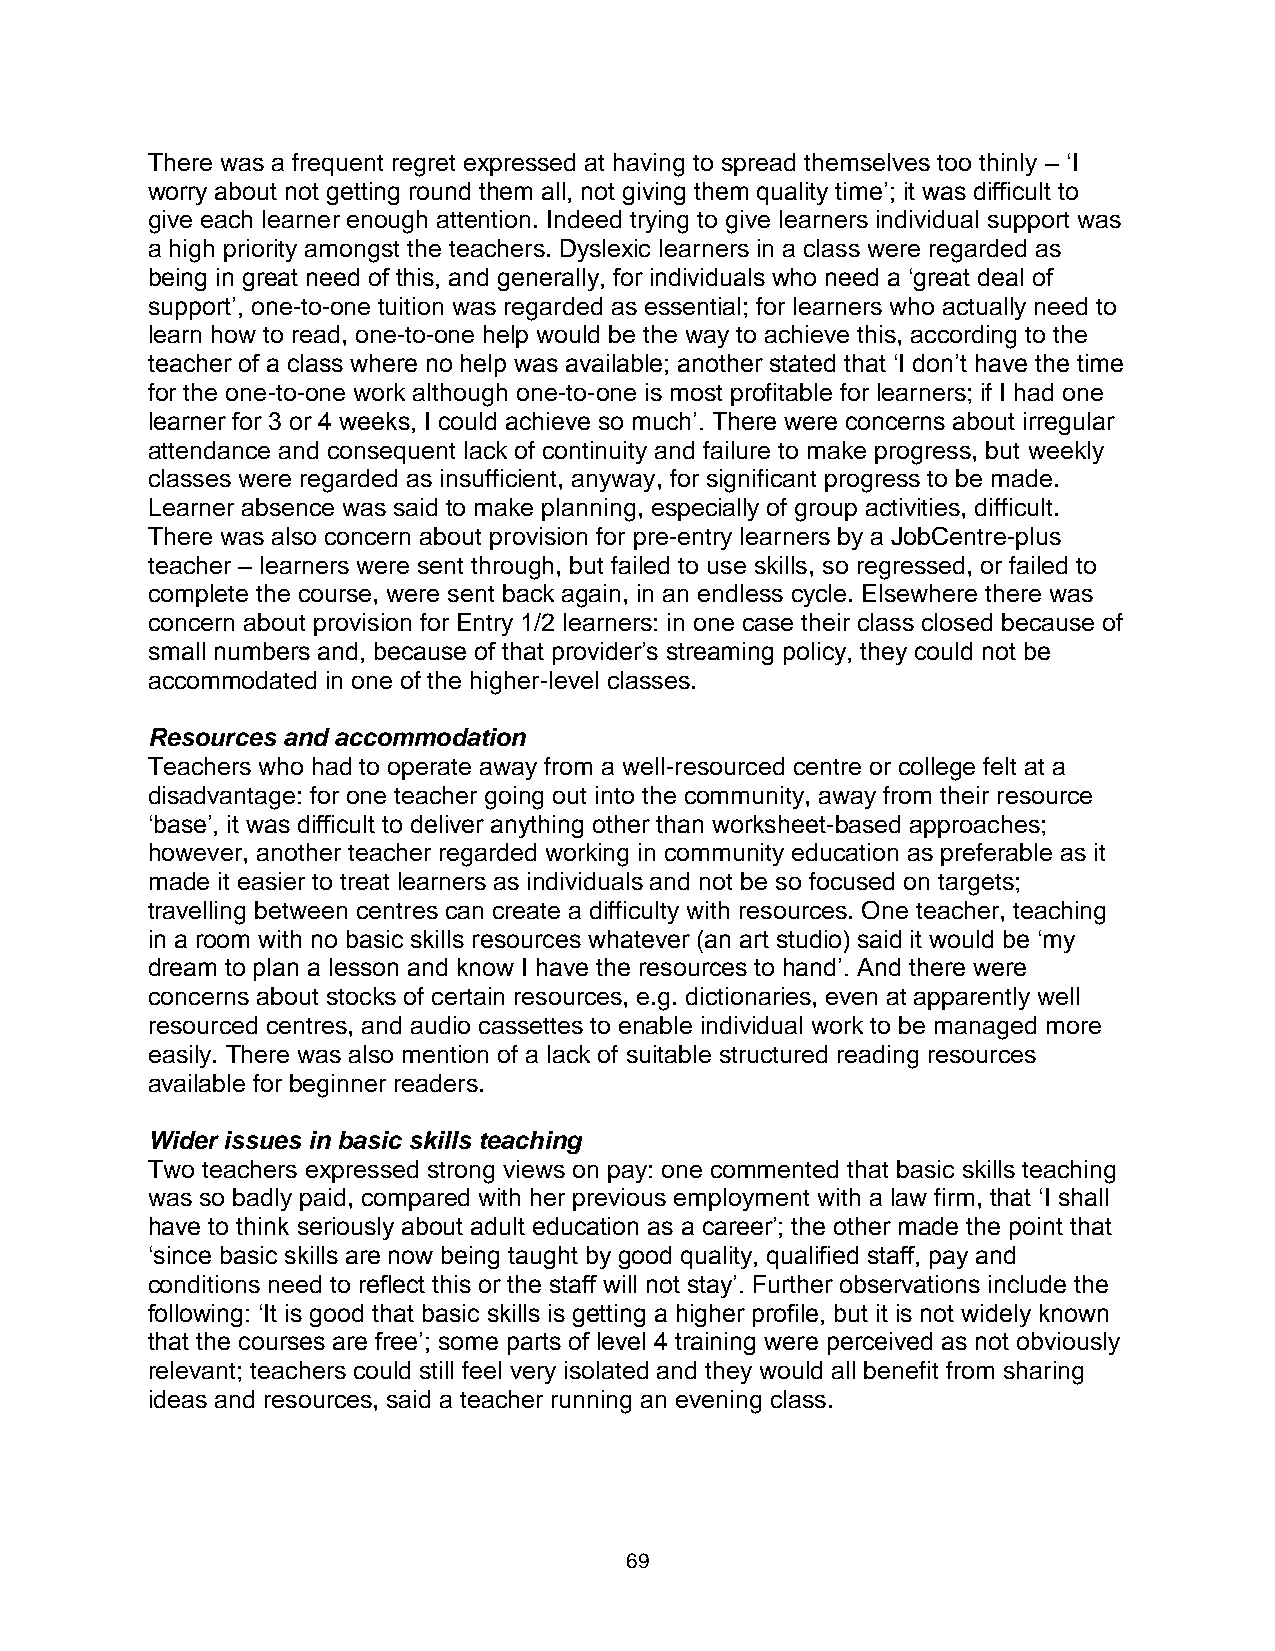
There was a frequent regret expressed at having to spread themselves too thinly – ‘I
 worry about not getting round them all, not giving them quality time’; it was difficult to
 give each learner enough attention. Indeed trying to give learners individual support was
 a high priority amongst the teachers. Dyslexic learners in a class were regarded as
 being in great need of this, and generally, for individuals who need a ‘great deal of
 support’, one-to-one tuition was regarded as essential; for learners who actually need to
 learn how to read, one-to-one help would be the way to achieve this, according to the
 teacher of a class where no help was available; another stated that ‘I don’t have the time
 for the one-to-one work although one-to-one is most profitable for learners; if I had one
 learner for 3 or 4 weeks, I could achieve so much’. There were concerns about irregular
 attendance and consequent lack of continuity and failure to make progress, but weekly
 classes were regarded as insufficient, anyway, for significant progress to be made.
 Learner absence was said to make planning, especially of group activities, difficult.
 There was also concern about provision for pre-entry learners by a JobCentre-plus
 teacher – learners were sent through, but failed to use skills, so regressed, or failed to
 complete the course, were sent back again, in an endless cycle. Elsewhere there was
 concern about provision for Entry 1/2 learners: in one case their class closed because of
 small numbers and, because of that provider’s streaming policy, they could not be
 accommodated in one of the higher-level classes.
 Resources and accommodation
 Teachers who had to operate away from a well-resourced centre or college felt at a
 disadvantage: for one teacher going out into the community, away from their resource
 ‘base’, it was difficult to deliver anything other than worksheet-based approaches;
 however, another teacher regarded working in community education as preferable as it
 made it easier to treat learners as individuals and not be so focused on targets;
 travelling between centres can create a difficulty with resources. One teacher, teaching
 in a room with no basic skills resources whatever (an art studio) said it would be ‘my
 dream to plan a lesson and know I have the resources to hand’. And there were
 concerns about stocks of certain resources, e.g. dictionaries, even at apparently well
 resourced centres, and audio cassettes to enable individual work to be managed more
 easily. There was also mention of a lack of suitable structured reading resources
 available for beginner readers.
 Wider issues in basic skills teaching
 Two teachers expressed strong views on pay: one commented that basic skills teaching
 was so badly paid, compared with her previous employment with a law firm, that ‘I shall
 have to think seriously about adult education as a career’; the other made the point that
 ‘since basic skills are now being taught by good quality, qualified staff, pay and
 conditions need to reflect this or the staff will not stay’. Further observations include the
 following: ‘It is good that basic skills is getting a higher profile, but it is not widely known
 that the courses are free’; some parts of level 4 training were perceived as not obviously
 relevant; teachers could still feel very isolated and they would all benefit from sharing
 ideas and resources, said a teacher running an evening class.
 69